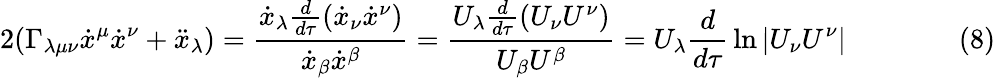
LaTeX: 2(\Gamma_{\lambda\mu\nu}{\dot{x}}^{\mu}{\dot{x}}^{\nu}+{\ddot{x}}_{\lambda})={\frac{{\dot{x}}_{\lambda}{\frac{d}{d\tau}}({\dot{x}}_{\nu}{\dot{x}}^{\nu})}{{\dot{x}}_{\beta}{\dot{x}}^{\beta}}}={\frac{U_{\lambda}{\frac{d}{d\tau}}(U_{\nu}U^{\nu})}{U_{\beta}U^{\beta}}}=U_{\lambda}{\frac{d}{d\tau}}\ln|U_{\nu}U^{\nu}|\qquad\qquad(8)